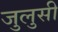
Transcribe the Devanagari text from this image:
जुलुसी